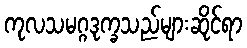
ကုလသမဂ္ဂဒုက္ခသည်များဆိုင်ရာ